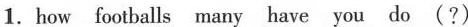
1. how footballs many have you do (?)